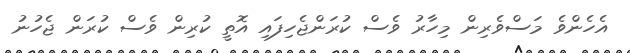
އެހެންވެ މަސްވެރިން މިހާރު ވެސް ކުރަންޖެހިފައި އޮތީ ކުރިން ވެސް ކުރަން ޖެހުނު